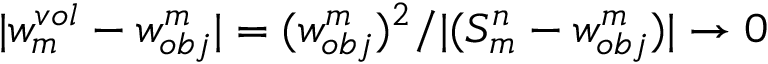
| w _ { m } ^ { v o l } - { w _ { o b j } ^ { m } } | = ( { w _ { o b j } ^ { m } } ) ^ { 2 } / | ( S _ { m } ^ { n } - { w _ { o b j } ^ { m } } ) | \to 0